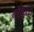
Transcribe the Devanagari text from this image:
बड़िया